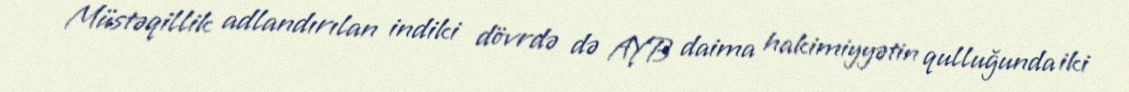
Müstəqillik adlandırılan indiki dövrdə də AYB daima hakimiyyətin qulluğunda iki